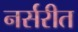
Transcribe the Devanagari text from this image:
नर्सरीत